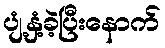
ပျံ့နှံ့ခဲ့ပြီးနောက်